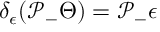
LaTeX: \delta _ { \epsilon } ( \mathcal { P } _ { - } \Theta ) = \mathcal { P } _ { - } \epsilon